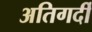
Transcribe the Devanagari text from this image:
अतिगर्दी